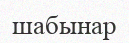
шабынар